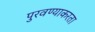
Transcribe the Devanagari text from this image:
पुरवण्याकरता